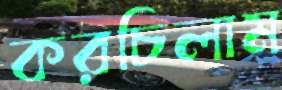
করচিলাম